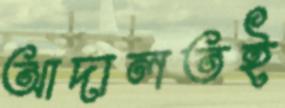
আদালতই